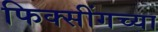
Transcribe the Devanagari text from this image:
फिक्सींगच्या